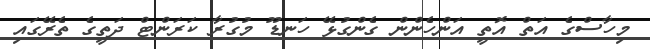
މިހާސްގެ އަތް އޮތީ އަންހެންން ގެންގުޅޭ ހަނޑޫ މުގުރާ ކަރަންޓް ދަތީގެ ތެރޭގައި